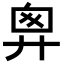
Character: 𢍍